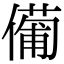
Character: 𠏆